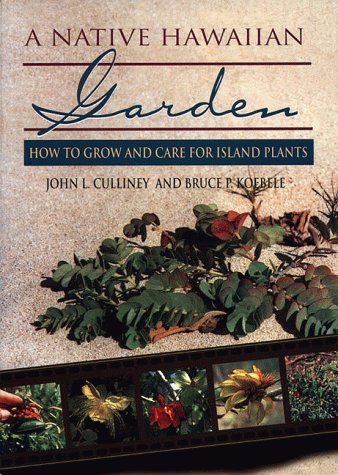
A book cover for A Native Hawaiian Garden: How to Grow and Care for Island Plants; John L. Culliney; Crafts, Hobbies & Home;